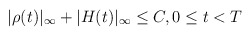
\begin{align*}|\rho(t)|_{\infty}+|H(t)|_{\infty}\leq C, 0\leq t< T\end{align*}